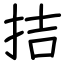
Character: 拮